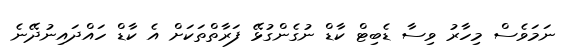
ނަމަވެސް މިހާރު ވިސާ ޑެބިޓް ކާޑް ނުގެންގުޅޭ ފަރާތްތަކަށް އެ ކާޑް ހައްދައިނުދޭނެ